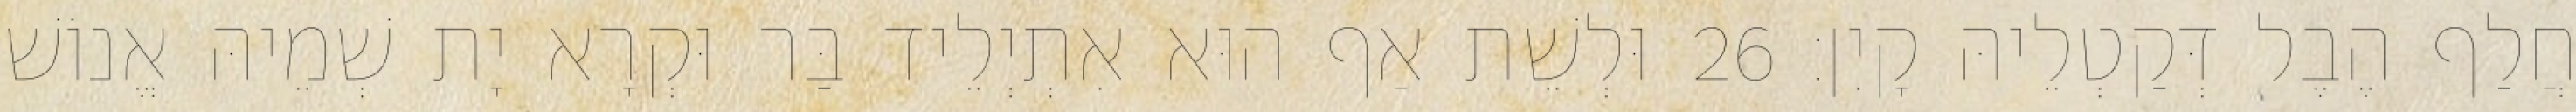
חֲלַף הֶבֶל דְּקַטְלֵיהּ קָיִן׃ 26 וּלְשֵׁת אַף הוּא אִתְיְלֵיד בַּר וּקְרָא יָת שְׁמֵיהּ אֱנוֹשׁ